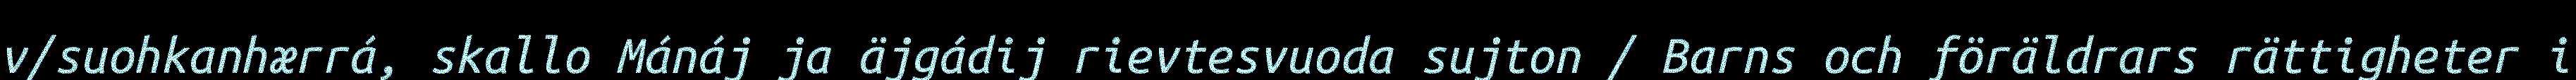
v/suohkanhærrá, skallo Mánáj ja äjgádij rievtesvuoda sujton / Barns och föräldrars rättigheter i